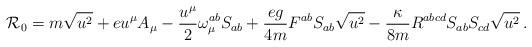
LaTeX: \begin{align*}{\cal R}_0=m\sqrt{u^2}+eu^{\mu}A_{\mu}-\frac{u^{\mu}}{2}{\omega}_{\mu}^{ab}S_{ab}+\frac{eg}{4m}F^{ab}S_{ab}\sqrt{u^2}-\frac{\kappa}{8m}R^{abcd}S_{ab}S_{cd}\sqrt{u^2}\, . \end{align*}